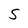
Character: S